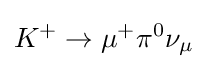
K^{+}\rightarrow \mu ^{+}\pi ^{0}\nu _{\mu }